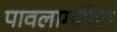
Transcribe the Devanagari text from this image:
पावलागणित